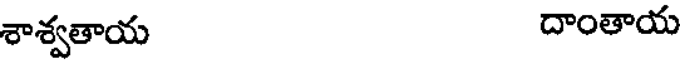
శాశ్వతాయ దాంతాయ